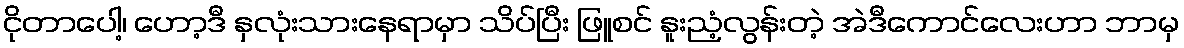
ငိုတာပေါ့၊ ဟော့ဒီ နှလုံးသားနေရာမှာ သိပ်ပြီး ဖြူစင် နူးညံ့လွန်းတဲ့ အဲဒီကောင်လေးဟာ ဘာမှ